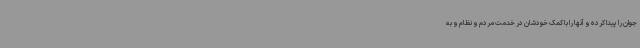
جوان را پیدا کرده و آنها را با کمک خودشان در خدمت مردم و نظام و به